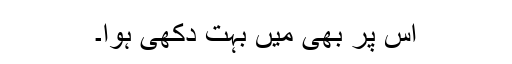
اس پر بھی میں بہت دکھی ہوا۔